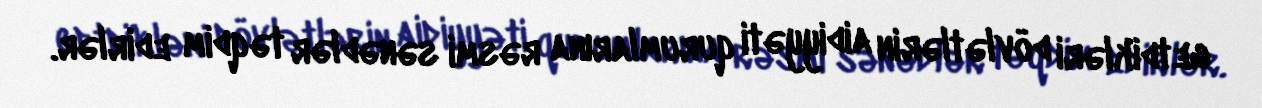
getdikləri dövlətlərin aidiyyəti qurumlarına rəsmi sənədlər təqdim edirlər.